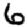
Digit: 6